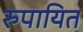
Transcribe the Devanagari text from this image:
रुपायित